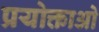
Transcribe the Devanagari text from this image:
प्रयोक्ताओ